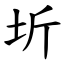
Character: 圻